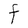
Character: F